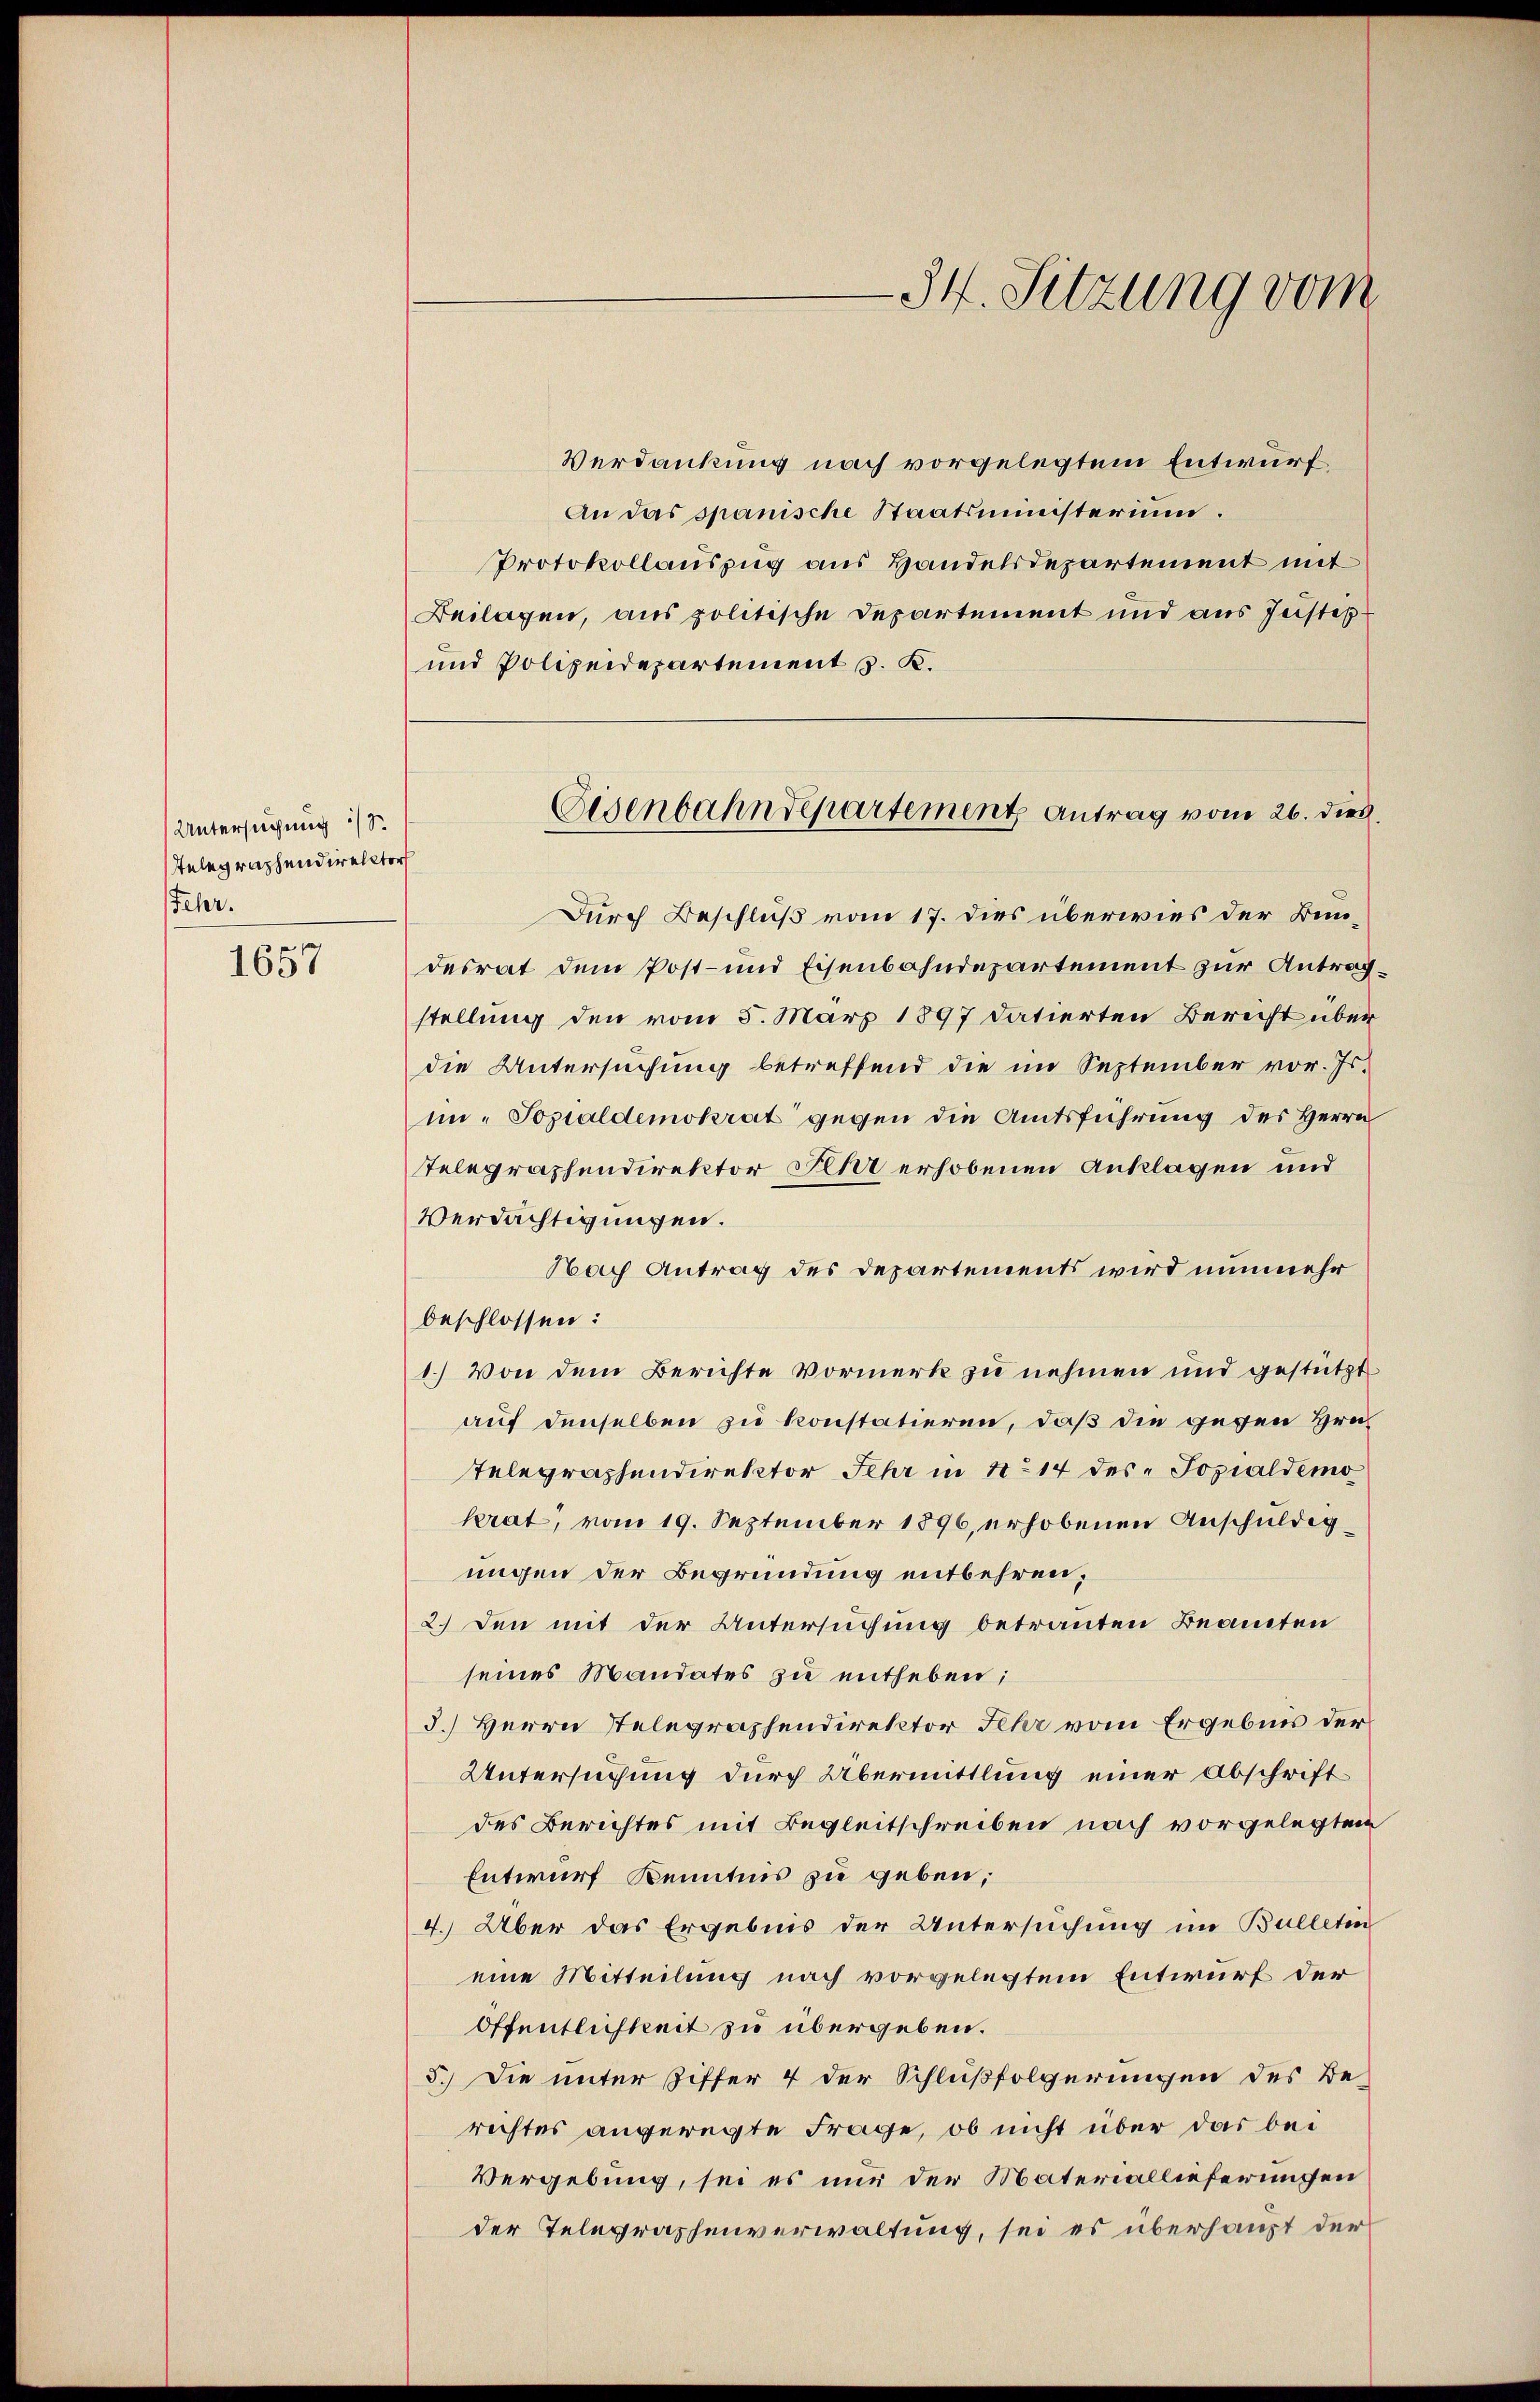
Untersuchung Sr.
Telegraphendirector
Fehr.

1657

34. Sitzung vom

Verdankung nach vorgelegtem Entwurf
An das spanische Staatsministerium
Protokollauszug aus Handelsdepartement mit
Beilagen, aus politische Departement und aus Jestes¬
und Polizeidepartement J. K.

Eisenbahndepartement Antrag vom 26. dies.

Durch Beschluß vom 17. dies überwies der Bundesrat dem Post- und Eisenbahndepartement zur Antragstellung den vom 5. März 1897 datierten Bericht über
die Untersuchung betreffend die im September vor. Js.
in. Sozialdemokrat gegen die Amtsführung des Herrn
Telegraphendirektor Sehr erhobenen Anklagen und
Verdächtigungen.
Nach Antrag des Departements wird nunmehr
beschlossen:
1.) Von dem Berichte Vormerk zu nehmen und gestützt
auf denselben zu konstatieren, daß die gegen Hrn.
Telegraphendirektor Sehr in No 14 des Sozialdemo
krat, vom 19. September 1896, erhobenen Anschuldig
ungen der Begründung entbehren;
2.) Den mit der Untersuchung betrauten Beamten
seines Mandates zu entheben:
3.) Herrn Telegraphendirektor Fehr vom Ergebnis der
Untersuchung durch Übermittlung einer Abschrift
des Berichtes mit Begleitschreiben nach vorgelegten
Entwurf Kenntnis zu geben;
4. Über das Ergebnis der Untersuchung im Bulletin
eine Mitteilung nach vorgelegtem Entwurf der
Öffentlichkeit zu übergeben.
5.) Die unter Ziffer 4 der Schlußfolgerungen des Be-
richtes angeregte Frage, ob nicht über das bei
Vergebung, sei es nun der Materiallieferungen
der Telegraphenverwaltung, sei es überhaupt der